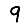
Digit: 9